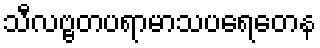
သီလဗ္ဗတပရာမာသပရေတေန